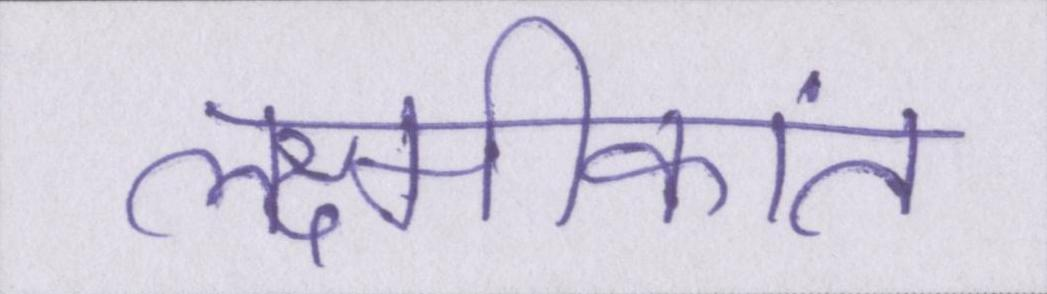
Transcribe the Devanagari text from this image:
लक्ष्मीकांत